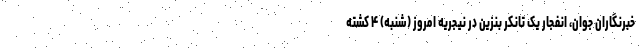
خبرنگاران جوان، انفجار یک تانکر بنزین در نیجریه امروز (شنبه) ۴ کشته